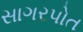
સાગરપોત